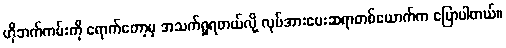
ဟိုဘက်ကမ်းကို ရောက်တော့မှ အသက်ရှုရတယ်လို့ လုပ်အားပေးဆရာတစ်ယောက်က ပြောပါတယ်။